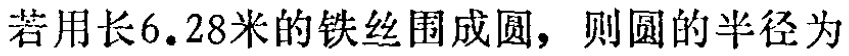
若用长6.28米的铁丝围成圆，则圆的半径为